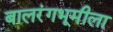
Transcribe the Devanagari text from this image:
बालरंगभूमीला